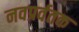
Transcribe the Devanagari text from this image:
नवप्रर्वतक